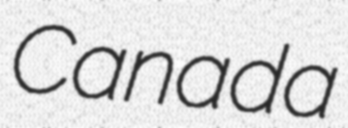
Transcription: Canada